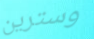
وسترين